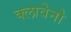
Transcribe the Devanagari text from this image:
क्लावेनो